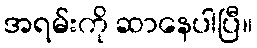
အရမ်းကို ဆာနေပါပြီ။